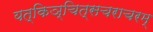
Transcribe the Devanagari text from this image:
यत्किञ्चित्सचराचरम्